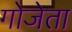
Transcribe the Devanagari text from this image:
गोजेता